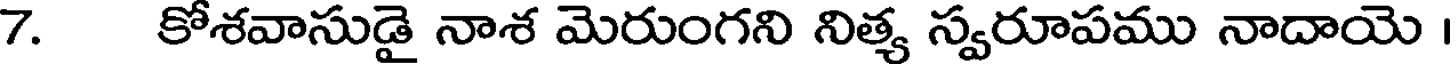
7. కోశవాసుడై నాశ మెరుంగని నిత్య స్వరూపము నాదాయె